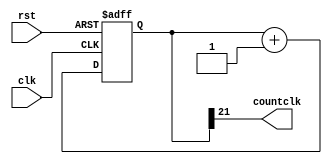
`timescale 1ns / 1ps
//////////////////////////////////////////////////////////////////////////////////
// Company: 
// 
// Design Name: 
// Module Name:    DelayRotate 
// Project Name: DelayRotation
// Target Devices: Spartan3
// Tool versions: 
// Description: 
//
// Dependencies: 
//
// Revision: 
// Revision 0.01 - File Created
// Additional Comments: 
//
//////////////////////////////////////////////////////////////////////////////////
module DelayRotate(
		clk,
		rst,
		countclk
    );

/*pairnei san eisodo to clock tou kuklwmatos kai to reset*/
	input clk,rst;
	output countclk;

	reg [21:0]count;

/*epistrefei 0 h 1 analoga me tin timi pou exei to 22o-bit tou counter*/
	assign countclk = count[21];


	always @(posedge clk or posedge rst) 
	begin
		if(rst)
		begin
				count <= 22'b0;
		end
		else
		begin
				count <= count+1;
		end
	
	end
 

endmodule